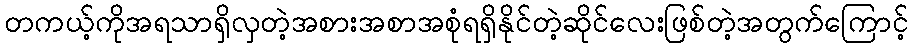
တကယ့်ကိုအရသာရှိလှတဲ့အစားအစာအစုံရရှိနိုင်တဲ့ဆိုင်လေးဖြစ်တဲ့အတွက်ကြောင့်